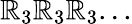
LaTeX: \mathbb{R}_{3}\mathbb{R}_{3}\mathbb{R}_{3}...